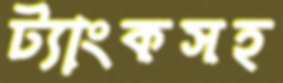
ট্যাংকসহ